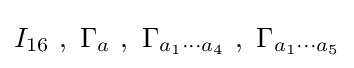
I_{16}~,~\Gamma _{a}~,~\Gamma _{a_{1}\dotsm a_{4}}~,~\Gamma _{a_{1}\dotsm a_{5}}